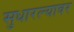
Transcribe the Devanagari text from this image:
सुधारल्यावर